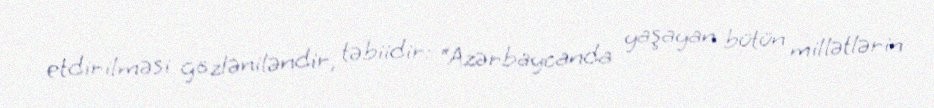
etdirilməsi gözləniləndir, təbiidir: “Azərbaycanda yaşayan bütün millətlərin